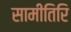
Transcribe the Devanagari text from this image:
सामीतिरि